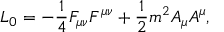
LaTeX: { \cal L } _ { 0 } = - \frac { 1 } { 4 } F _ { \mu \nu } F ^ { \mu \nu } + \frac { 1 } { 2 } m ^ { 2 } A _ { \mu } A ^ { \mu } ,